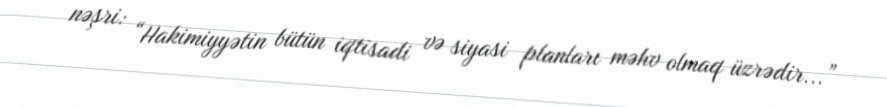
nəşri: “Hakimiyyətin bütün iqtisadi və siyasi planları məhv olmaq üzrədir...”